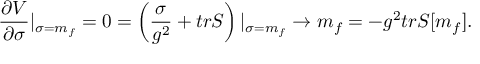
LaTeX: { \frac { \partial V } { \partial \sigma } } | _ { \sigma = m _ { f } } = 0 = \left( { \frac { \sigma } { g ^ { 2 } } } + t r S \right) | _ { \sigma = m _ { f } } \rightarrow m _ { f } = - g ^ { 2 } t r S [ m _ { f } ] .